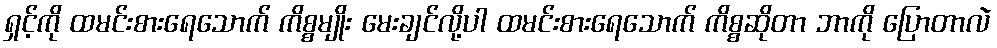
ရှင့်ကို ထမင်းစားရေသောက် ကိစ္စမျိုး မေးချင်လို့ပါ ထမင်းစားရေသောက် ကိစ္စဆိုတာ ဘာကို ပြောတာလဲ